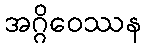
အဂ္ဂိဝေဿန